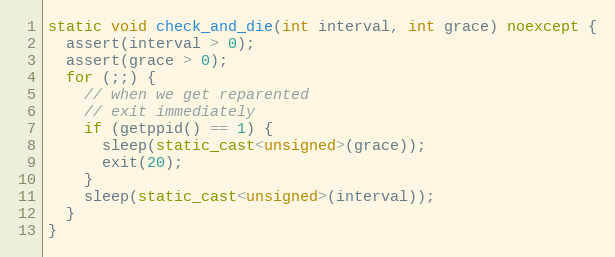
Language: C++
static void check_and_die(int interval, int grace) noexcept {
  assert(interval > 0);
  assert(grace > 0);
  for (;;) {
    // when we get reparented
    // exit immediately
    if (getppid() == 1) {
      sleep(static_cast<unsigned>(grace));
      exit(20);
    }
    sleep(static_cast<unsigned>(interval));
  }
}